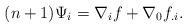
LaTeX: \begin{align*}(n+1)\Psi_{i}=\nabla_{i} f+\nabla_{0} f_{.i}.\end{align*}